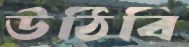
উঠিবি